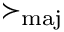
\succ _ { \mathrm { m a j } }